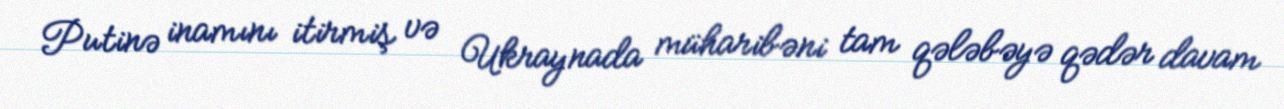
Putinə inamını itirmiş və Ukraynada müharibəni tam qələbəyə qədər davam